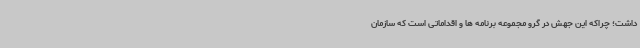
داشت؛ چراکه این جهش در گرو مجموعه برنامه ها و اقداماتی است که سازمان